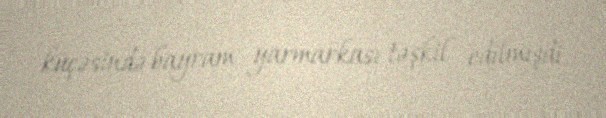
küçəsində bayram yarmarkası təşkil edilmişdi.